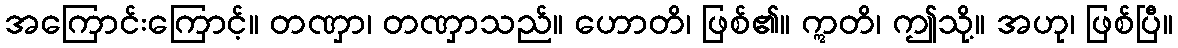
အကြောင်းကြောင့်။ တဏှာ၊ တဏှာသည်။ ဟောတိ၊ ဖြစ်၏။ ဣတိ၊ ဤသို့။ အဟု၊ ဖြစ်ပြီ။